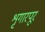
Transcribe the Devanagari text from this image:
शृगारपूर